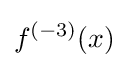
f^{(-3)}(x)